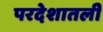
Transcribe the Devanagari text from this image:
परदेशातली